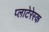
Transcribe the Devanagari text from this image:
प्लाटेरेस्क